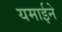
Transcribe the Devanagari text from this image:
यमाईने